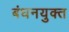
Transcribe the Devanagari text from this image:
बंधनयुक्त